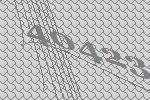
40423